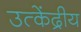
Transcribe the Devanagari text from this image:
उत्केंद्रीय